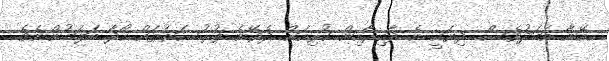
އޭނާ އަބަދުވެސް ދިޔައީ އެ ދާއިރާއިން ކުރިއަށް ދެވޭނެ ފުރުސަތުތައް ހޯދާ ބަލަމުންނެވެ.